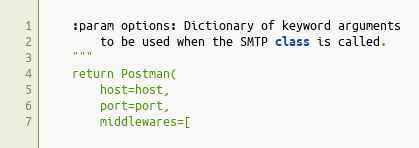
Language: Python
    :param options: Dictionary of keyword arguments
        to be used when the SMTP class is called.
    """
    return Postman(
        host=host,
        port=port,
        middlewares=[